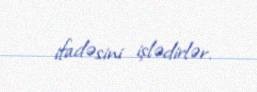
ifadəsini işlədirlər.